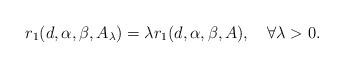
LaTeX: \begin{align*}r_{1}(d,\alpha,\beta,A_{\lambda})=\lambda r_{1}(d,\alpha,\beta,A),\quad\forall \lambda>0.\end{align*}